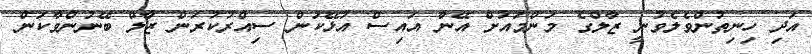
އަދި ހިނިތުންވެލެވުނީ ޒާލްގެ މަންމައަށް އޭނާ އައިސް އުޅޭކަން ސިއްރުކުރަން ޒާލް ބޭނުންވާކަން